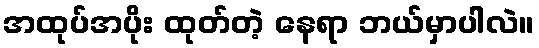
အထုပ်အပိုး ထုတ်တဲ့ နေရာ ဘယ်မှာပါလဲ။